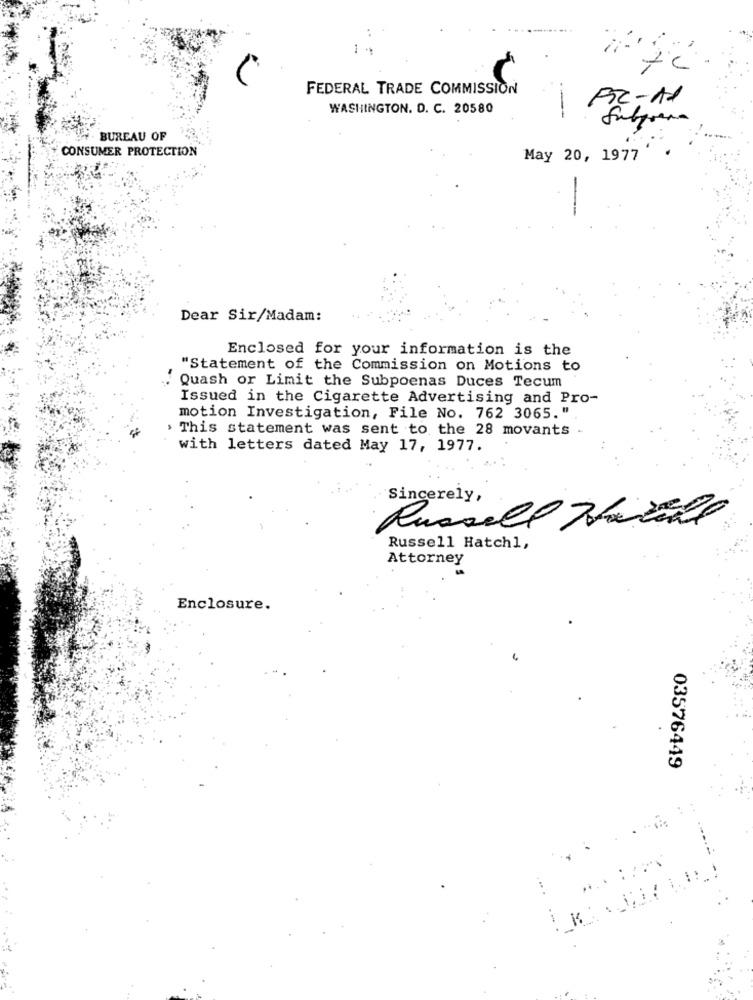
FEDERAL TRADE COMMISSION
WASHINGTON. D. C. 20580
FC-A1
Sulpara
BUREAU OF
CONSUMER PROTECTION
May 20, 1977
-
Dear Sir/Madam:
Enclosed for your information is the
"Statement of the Commission on Motions to
. Quash or Limit the Subpoenas Duces Tecum
Issued in the Cigarette Advertising and Pro-
motion Investigation, File No. 762 3065."
> This statement was sent to the 28 movants -
with letters dated May 17, 1977.
Sincerely,
Russell Tabell
Russell Hatch1,
Attorney
Enclosure.
03576449
--